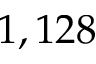
1 , 1 2 8